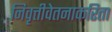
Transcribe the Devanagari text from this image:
निवृत्तीवेतनाकरिता